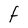
Character: F